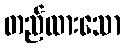
တည်ထားသော